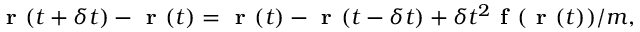
\textbf { r } ( t + \delta t ) - \textbf { r } ( t ) = \textbf { r } ( t ) - \textbf { r } ( t - \delta t ) + \delta t ^ { 2 } \textbf { f } ( \textbf { r } ( t ) ) / m ,